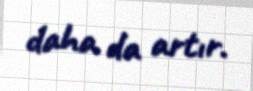
daha da artır.